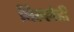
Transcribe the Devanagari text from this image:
पिल्लेही